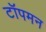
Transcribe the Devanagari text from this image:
टॉपमन